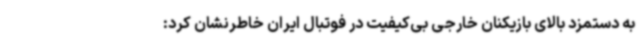
به دستمزد بالای بازیکنان خارجی بی‌کیفیت در فوتبال ایران خاطرنشان کرد: